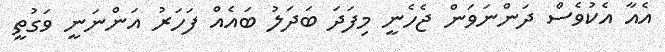
އެއާ އެކުވެސް ދަންނަވަން ޖެހެނީ މިފަދަ ބަދަލު ބައެއް ފަހަރު އަންނަނީ ވަގުތީ